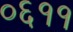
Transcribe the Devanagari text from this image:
०६११